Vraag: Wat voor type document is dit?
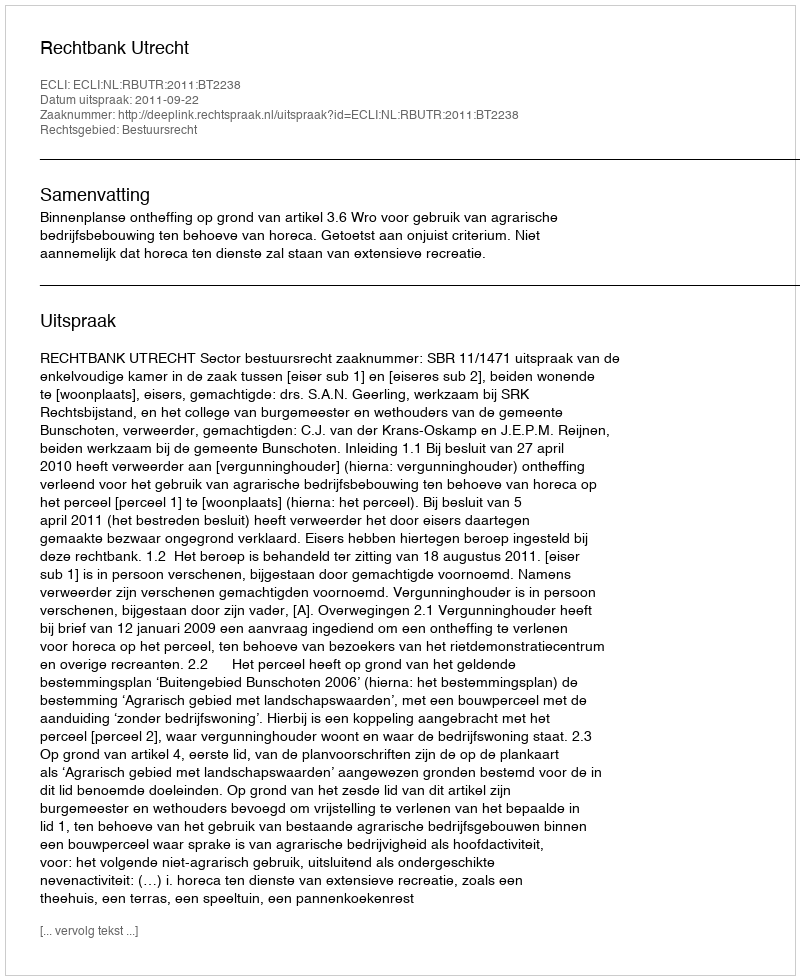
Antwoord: Uitspraak